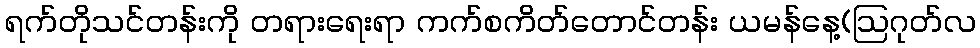
ရက်တိုသင်တန်းကို တရားရေးရာ ကက်စကိတ်တောင်တန်း ယမန်နေ့(ဩဂုတ်လ